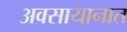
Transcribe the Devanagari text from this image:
अवसायानात